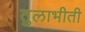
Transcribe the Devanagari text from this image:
तुलाभीती